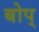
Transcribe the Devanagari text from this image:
बोप्